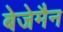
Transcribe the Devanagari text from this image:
बेजेमैन